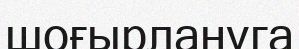
шоғырлануга